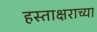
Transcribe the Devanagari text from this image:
हस्ताक्षराच्या